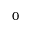
0